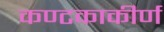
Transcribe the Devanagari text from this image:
कण्टकाकीर्ण